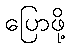
ပြောဖို့